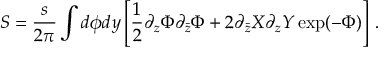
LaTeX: S = \frac { s } { 2 \pi } \int d \phi d y \left[ \frac 1 2 \partial _ { z } \Phi \partial _ { \bar { z } } \Phi + 2 \partial _ { \bar { z } } X \partial _ { z } Y \exp ( - \Phi ) \right] \, .